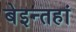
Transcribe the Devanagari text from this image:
बेइन्तहां